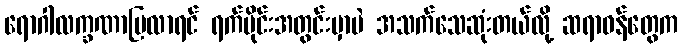
ရောဂါလက္ခဏာပြလာရင် ရက်ပိုင်းအတွင်းမှာပဲ အသက်သေဆုံးတယ်လို့ ဆရာဝန်တွေက